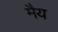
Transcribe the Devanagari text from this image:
मैय